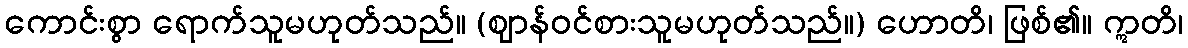
ကောင်းစွာ ရောက်သူမဟုတ်သည်။ (ဈာန်ဝင်စားသူမဟုတ်သည်။) ဟောတိ၊ ဖြစ်၏။ ဣတိ၊